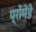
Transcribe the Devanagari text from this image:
प्रोमेंडे